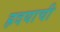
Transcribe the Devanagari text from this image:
ह्रदयाची